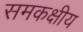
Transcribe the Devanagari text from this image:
समकक्षीय